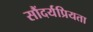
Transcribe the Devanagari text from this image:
सौंदर्यप्रियता